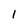
Character: 1